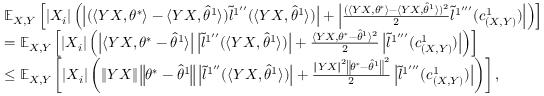
\begin{array} { r l } & { \mathbb { E } _ { X , Y } \left[ \left| X _ { i } \right| \left( \left| ( \langle Y X , \theta ^ { * } \rangle - \langle Y X , \hat { \theta } ^ { 1 } \rangle ) \tilde { l } ^ { 1 ^ { \prime \prime } } ( \langle Y X , \hat { \theta } ^ { 1 } \rangle ) \right| + \left| \frac { ( \langle Y X , \theta ^ { * } \rangle - \langle Y X , \hat { \theta } ^ { 1 } \rangle ) ^ { 2 } } { 2 } \tilde { l } ^ { 1 ^ { \prime \prime \prime } } ( c _ { ( X , Y ) } ^ { 1 } ) \right| \right) \right] } \\ & { = \mathbb { E } _ { X , Y } \left[ \left| X _ { i } \right| \left( \left| \langle Y X , \theta ^ { * } - \hat { \theta } ^ { 1 } \rangle \right| \left| \tilde { l } ^ { 1 ^ { \prime \prime } } ( \langle Y X , \hat { \theta } ^ { 1 } \rangle ) \right| + \frac { \langle Y X , \theta ^ { * } - \hat { \theta } ^ { 1 } \rangle ^ { 2 } } { 2 } \left| \tilde { l } ^ { 1 ^ { \prime \prime \prime } } ( c _ { ( X , Y ) } ^ { 1 } ) \right| \right) \right] } \\ & { \leq \mathbb { E } _ { X , Y } \left[ \left| X _ { i } \right| \left( \left\| Y X \right\| \left\| \theta ^ { * } - \hat { \theta } ^ { 1 } \right\| \left| \tilde { l } ^ { 1 ^ { \prime \prime } } ( \langle Y X , \hat { \theta } ^ { 1 } \rangle ) \right| + \frac { \left\| Y X \right\| ^ { 2 } \left\| \theta ^ { * } - \hat { \theta } ^ { 1 } \right\| ^ { 2 } } { 2 } \left| \tilde { l } ^ { 1 ^ { \prime \prime \prime } } ( c _ { ( X , Y ) } ^ { 1 } ) \right| \right) \right] , } \end{array}